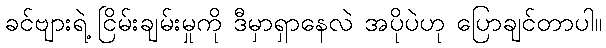
ခင်ဗျားရဲ့ ငြိမ်းချမ်းမှုကို ဒီမှာရှာနေလဲ အပိုပဲဟု ပြောချင်တာပါ။